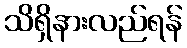
သိရှိနားလည်ရန်